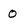
Character: O